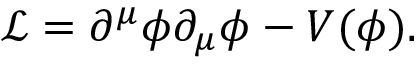
{ \mathcal { L } } = \partial ^ { \mu } \phi \partial _ { \mu } \phi - V ( \phi ) .